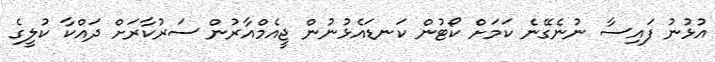
އުޅުނު ފައިސާ ނުނެގޭނެ ކަމަށް ކޯޓުން ކަނޑައެޅުނުން ޖީއެމްއާރުން ސަރުކާރަށް ދައްކާ ކުލީގެ